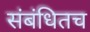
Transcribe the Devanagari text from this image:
संबंधितच